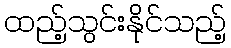
ထည့်သွင်းနိုင်သည့်